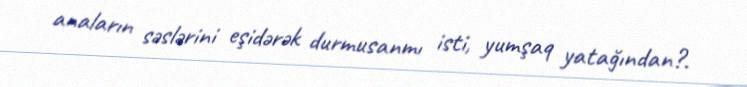
anaların səslərini eşidərək durmusanmı isti, yumşaq yatağından?.